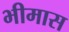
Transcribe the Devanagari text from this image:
भीमास